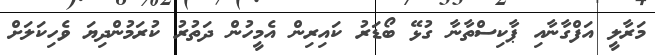
މަރާލީ އަފްގާނާއި ޕާކިސްތާނާ ގުޅޭ ބޯޑަރު ކައިރިން އެމީހުން ދަތުރު ކުރަމުންދިޔަ ވެހިކަލަށް